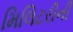
મિલિટરીની